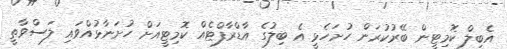
އެބިލް ކޮމިޓީން ބޭރުކުރަން ހުށަހެޅީ އެ ބިލުގެ އާޑްރާފްޓެއް ކޮމިޓީއަށް ހުށަނާޅުއްވައި ލަސްވާތީ